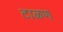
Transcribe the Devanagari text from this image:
टाळण